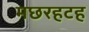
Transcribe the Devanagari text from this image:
मछरहटह